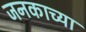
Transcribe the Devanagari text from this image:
जनकाच्या